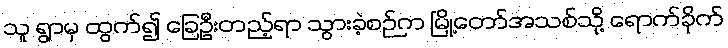
သူ ရွာမှ ထွက်၍ ခြေဦးတည့်ရာ သွားခဲ့စဉ်က မြို့တော်အသစ်သို့ ရောက်ခိုက်